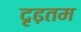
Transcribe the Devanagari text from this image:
दृढ़तम